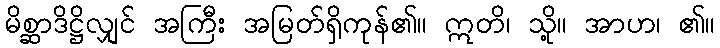
မိစ္ဆာဒိဋ္ဌိလျှင် အကြီး အမြတ်ရှိကုန်၏။ ဣတိ၊ သို့။ အာဟ၊ ၏။